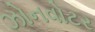
ઝોનવોટર